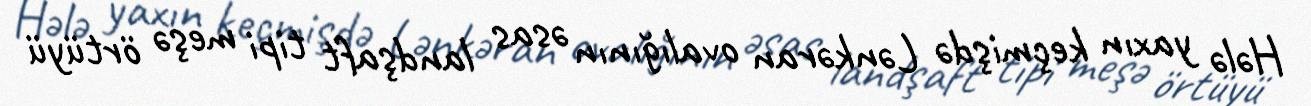
Hələ yaxın keçmişdə Lənkəran ovalığının əsas landşaft tipi meşə örtüyü